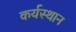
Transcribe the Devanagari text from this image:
कर्यस्थान